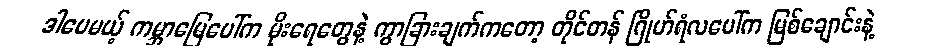
ဒါပေမယ့် ကမ္ဘာမြေပေါ်က မိုးရေတွေနဲ့ ကွာခြားချက်ကတော့ တိုင်တန် ဂြိုဟ်ရံလပေါ်က မြစ်ချောင်းနဲ့